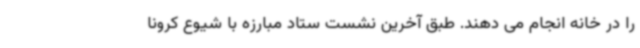
را در خانه انجام می دهند. طبق آخرین نشست ستاد مبارزه با شیوع کرونا